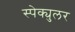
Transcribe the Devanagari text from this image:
स्पेक्युलर